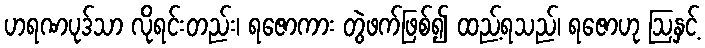
ဟရဏပုဒ်သာ လိုရင်းတည်း၊ ရဇောကား တွဲဖက်ဖြစ်၍ ထည့်ရသည်၊ ရဇောဟု ဩနှင့်